King Institute of Preventive Medicine Micro-Biological Section reports 1909-11
Year: 1909
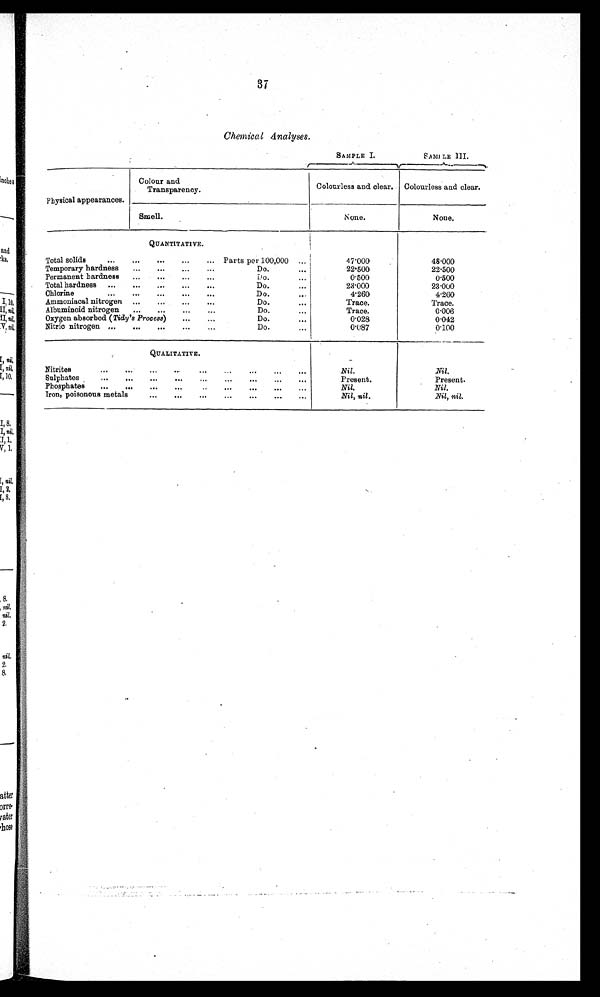
37
Chemical Analyses.
SAMPLE I.
SAMPLE III.
Physical appearances.
Colour and
Transparency.
Colourless and clear. Colourless and clear.
Smell.
None.
None.
QUANTITATIVE.
Total solids
...
...
...
...
... Parts per 100,000 ...
47.000
48.000
Temporary hardness
...
...
...
Do.
...
22.500
22.500
Permanent hardness ...
...
...
...
Do.
...
0.500
0.500
Total hardness ...
...
...
...
...
Do.
...
23.000
23.000
Chlorine
...
...
...
...
...
Do.
...
4.260
4.260
Ammoniacal nitrogen ...
...
...
Do.
...
Trace.
Trace.
Albuminoid nitrogen ...
...
...
...
Do.
...
Trace.
0.006
Oxygen absorbed (Tidy's Process)
...
...
Do.
...
0.028
0.042
Nitric nitrogen ...
...
...
...
...
Do.
...
0.087
0.100
QUALITATIVE.
Nitrites
...
...
...
...
...
...
...
Nil.
Nil.
Sulphates
...
...
...
...
...
...
...
Present.
Present.
Phosphates
...
...
...
...
...
...
...
Nil.
Nil.
Iron, poisonous metals
...
...
...
...
...
...
...
Nil, nil.
Nil, nil.